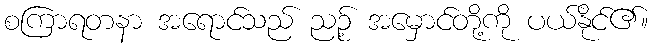
စကြာရတနာ အရောင်သည် ညဉ့် အမှောင်တို့ကို ပယ်နိုင်၏။